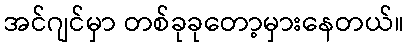
အင်ဂျင်မှာ တစ်ခုခုတော့မှားနေတယ်။